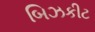
બિઝકીટ